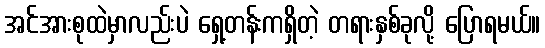
အင်အားစုထဲမှာလည်းပဲ ရှေ့တန်းကရှိတဲ့ တရားနှစ်ခုလို့ ပြောရမယ်။